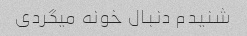
شنیدم دنبال خونه میگردی